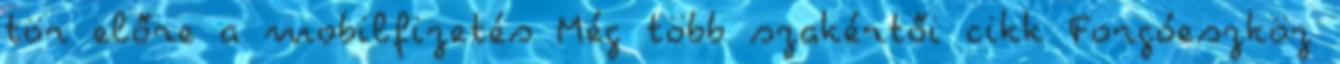
tör előre a mobilfizetés Még több szakértői cikk Forgóeszköz